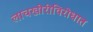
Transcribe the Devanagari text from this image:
लाचखोरीविरोधात